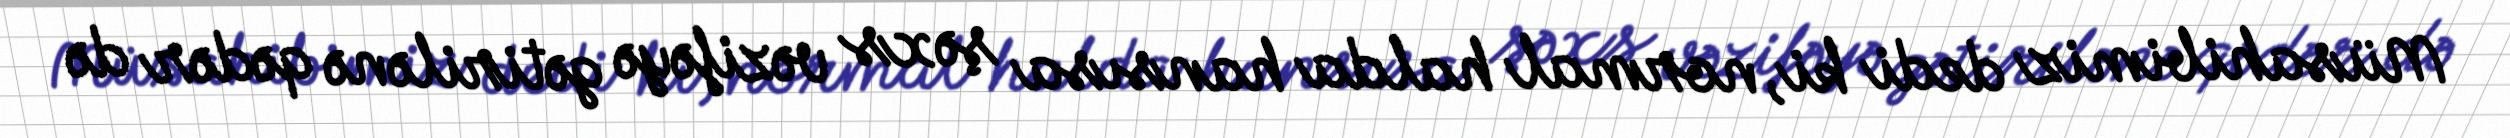
Müsahibimiz dedi ki, normal halda hansısa şəxs vəzifəyə gətirilənə qədər də